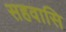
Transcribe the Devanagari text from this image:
सहवासि